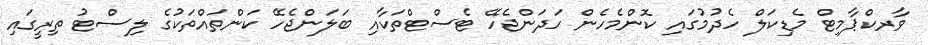
ވާރކްޕާމިޓް މެޑިކަލް ހެދުމުގައި ކޮންމެހެން ހަދަންޖެހޭ ޓެސްޓްތަކާއި ބަލަންޖެހޭ ކަންތައްތަކުގެ ލިސްޓު ތިރީގައި